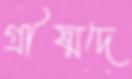
গ্রীষ্মদে